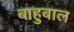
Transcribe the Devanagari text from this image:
बाहुबाल